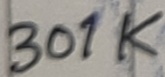
Text: 301K